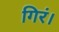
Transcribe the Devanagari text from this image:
गिरं।